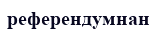
референдумнан